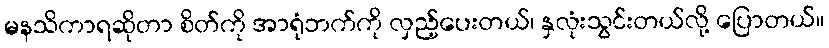
မနသိကာရဆိုတာ စိတ်ကို အာရုံဘက်ကို လှည့်ပေးတယ်၊ နှလုံးသွင်းတယ်လို့ ပြောတယ်။